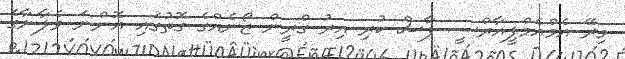
މިރޭ އެމްއެމްޕީއާރްސީ ފާސް ކުރި އިރު ގްރީން ޒޯނެއްގެ ގޮތުގައި އޮންނަ ވެލާނާގެ